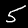
Label: 5